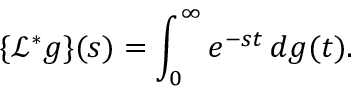
\{ { \mathcal { L } } ^ { * } g \} ( s ) = \int _ { 0 } ^ { \infty } e ^ { - s t } \, d g ( t ) .